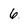
Character: 6